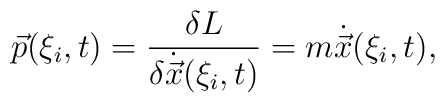
\vec p(\xi_i,t)=\frac{\delta L}{\delta \dot {\vec x}(\xi_i,t)}= m\dot{\vec x}(\xi_i,t),